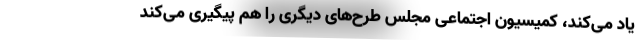
یاد می‌کند، کمیسیون اجتماعی مجلس طرح‌های دیگری را هم پیگیری می‌کند